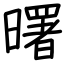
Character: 曙